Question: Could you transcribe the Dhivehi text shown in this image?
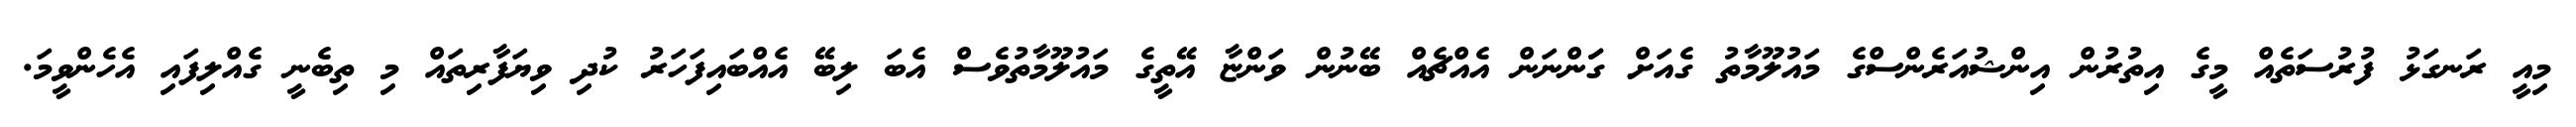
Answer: މިއީ ރަނގަޅު ފުރުސަތެއް މީގެ އިތުރުން އިންޝުއަރެންސްގެ މައުލޫމާތު ގެއަށް ގަަންނަން އެއްޗެއް ބޭނުން ވަންޏާ އޭތީގެ މައުލޫމާތުވެސް އެބަ ލިބޭ އެއްބައިފަހަރު ކުދި ވިޔަފާރިތައް މި ތިބެނީ ގެއްލިފައި އެހެންވީމަ.